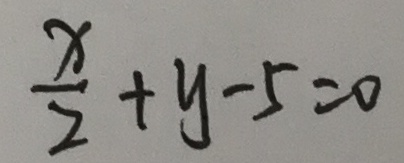
\frac { x } { 2 } + y - 5 = 0